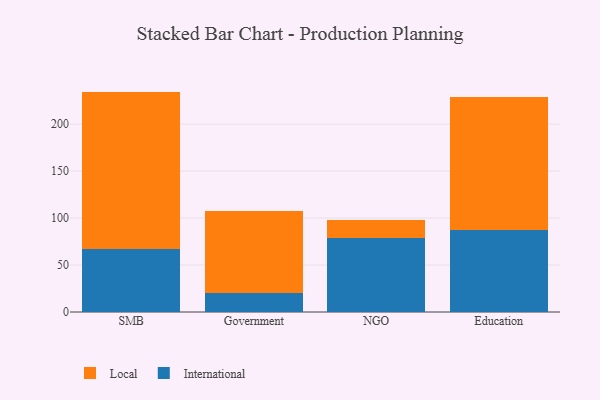
{"axis": {"x": "Segment", "y": "Demand Index"}, "legend": ["International", "Local"], "data": [{"x": "SMB", "y": 66.6, "type": "International"}, {"x": "SMB", "y": 168.0, "type": "Local"}, {"x": "Government", "y": 20.6, "type": "International"}, {"x": "Government", "y": 87.3, "type": "Local"}, {"x": "NGO", "y": 79.1, "type": "International"}, {"x": "NGO", "y": 19.0, "type": "Local"}, {"x": "Education", "y": 87.8, "type": "International"}, {"x": "Education", "y": 140.7, "type": "Local"}]}